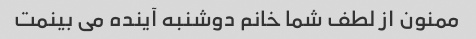
ممنون از لطف شما خانم دوشنبه آینده می بینمت